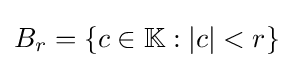
B_{r}=\{c\in \mathbb {K} :|c|<r\}